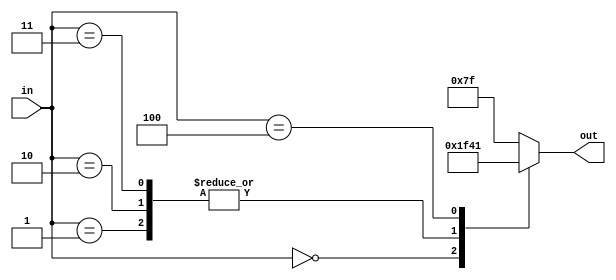
module char_d(out, in);
	output reg [6:0] out;
	input [2:0] in;
		always @ (*)
			begin
				case (in)
					0 : out = 7'b0000000;
					1 : out = 7'b0111110;
					2 : out = 7'b0111110;
					3 : out = 7'b0111110;
					4 : out = 7'b1000001;
					default : out = 7'b1111111;
				endcase
			end
endmodule